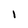
Character: I